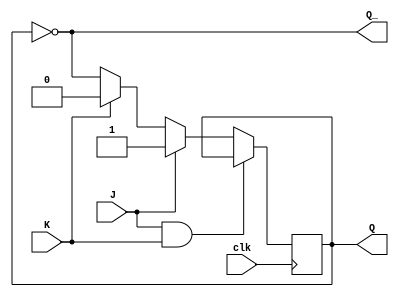
module jk_flipflop(
    input clk,
    input J,
    input K,
    output reg Q,
    output reg Q_
);

always @ (posedge clk)
begin
    if (J & K)
    begin
        Q <= Q;
    end
    else if (J)
    begin
        Q <= 1;
    end
    else if (K)
    begin
        Q <= 0;
    end
    else
    begin
        Q <= ~Q;
    end
end

assign Q_ = ~Q;

endmodule